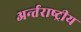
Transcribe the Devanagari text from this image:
अर्न्‍तराष्‍ट्रीय